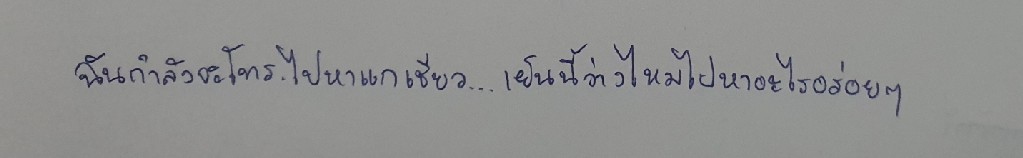
ฉันกำลังจะโทร.ไปหาแกเชียว...เย็นนี้ว่างไหมไปหาอะไรอร่อยๆ